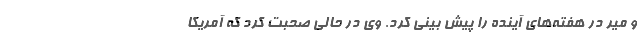
و میر در هفته‌های آینده را پیش بینی کرد. وی در حالی صحبت کرد که آمریکا